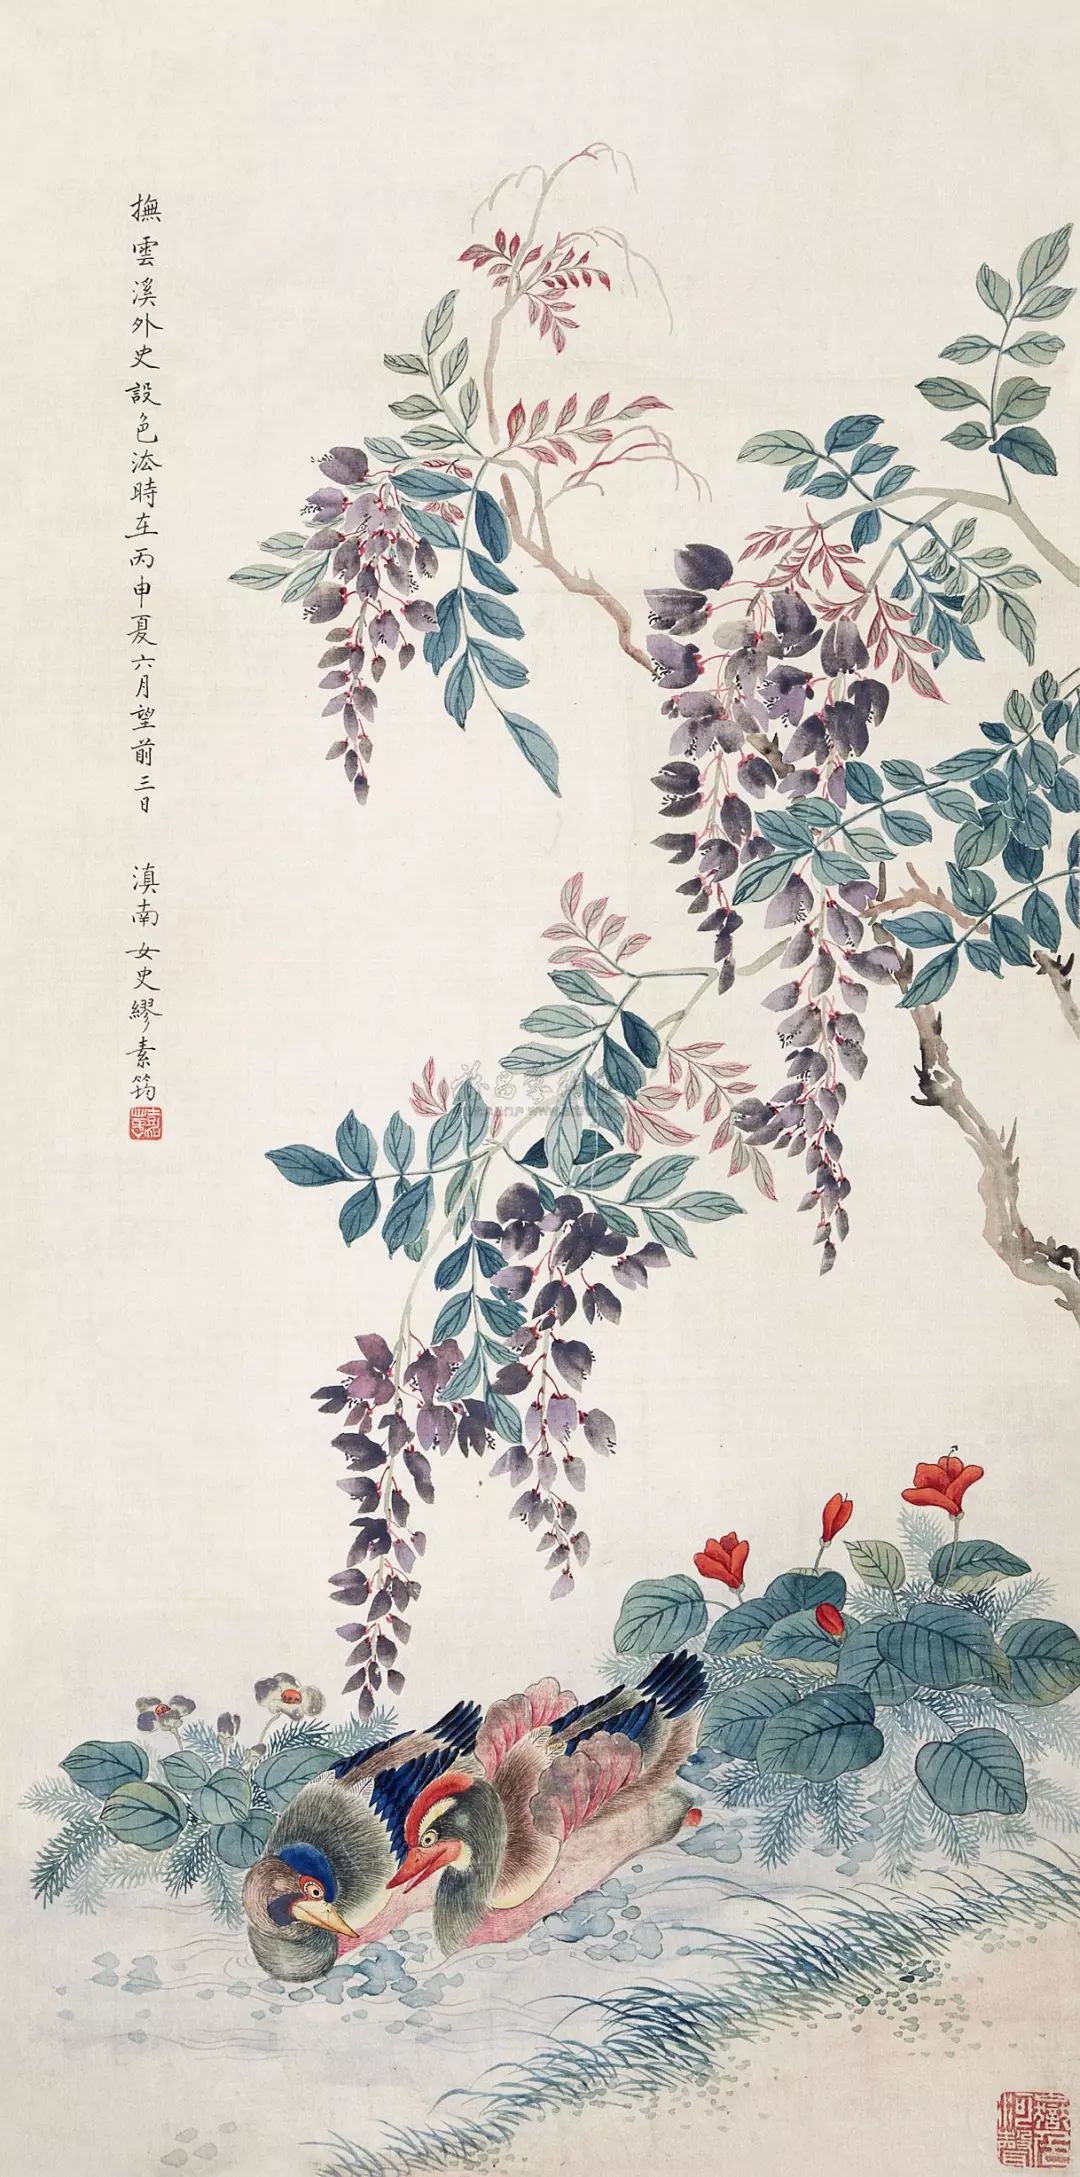
须作一生拚，尽君今日欢。